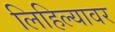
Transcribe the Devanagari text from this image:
लिहिल्यावर